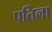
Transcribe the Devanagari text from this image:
पतिला